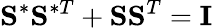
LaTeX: \mathbf{S}^{\ast}\mathbf{S}^{\ast T}+\mathbf{S}\mathbf{S}^{T}=\mathbf{I}